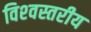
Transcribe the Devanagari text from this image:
विश्‍वस्तरीय